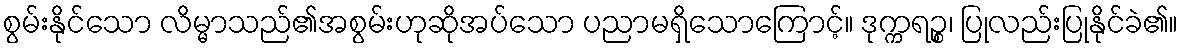
စွမ်းနိုင်သော လိမ္မာသည်၏အစွမ်းဟုဆိုအပ်သော ပညာမရှိသောကြောင့်။ ဒုက္ကရဉ္စ၊ ပြုလည်းပြုနိုင်ခဲ၏။